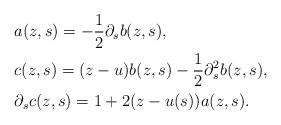
LaTeX: \begin{align*}&a(z,s) = -\frac{1}{2} \partial_s b(z,s),\\&c(z,s) = (z-u) b(z,s) - \frac{1}{2} \partial_s^2 b(z,s),\\&\partial_s c(z,s) = 1 + 2(z-u(s))a(z,s).\end{align*}